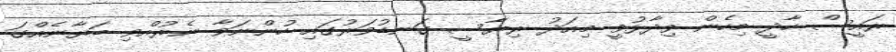
ރައީސް ހާދީ މިހެން ވިދާޅުވީ މިއަދު ރިޔާސީ ގަނޑުވަރުގައި ހުންނަވާ ނެރުއްވި ބަޔާނެއްގަ